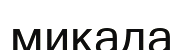
микада